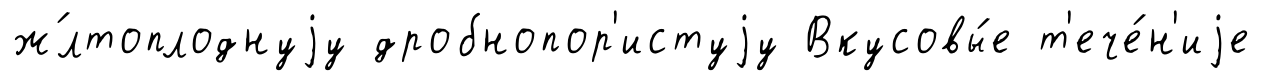
ж́лтоплоднуjу дробнопор'истуjу Вкусовы́е т'ече́н'иjе